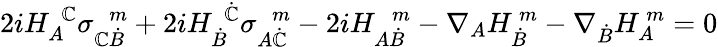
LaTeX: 2iH_{A}^{\ \ \mathbb{C}}\sigma_{\mathbb{C}\dot{{B}}}^{\ \ \ m}+2iH_{\dot{{B}}}^{\ \ \dot{{\mathbb{C}}}}\sigma_{A\dot{{\mathbb{C}}}}^{\ \ \ m}-2iH_{A\dot{{B}}}^{\ \ \ m}-\nabla_{A}H_{\dot{{B}}}^{\ m}-\nabla_{\dot{{B}}}H_{A}^{\ m}=0